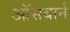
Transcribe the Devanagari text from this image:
ऑसबार्न